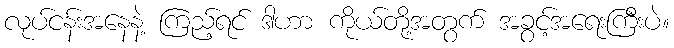
လုပ်ငန်းအနေနဲ့ ကြည့်ရင် ဒါဟာ ကိုယ်တို့အတွက် အခွင့်အရေးကြီးပဲ။